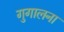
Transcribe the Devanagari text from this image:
गुगालना